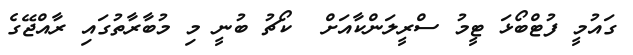
ގައުމީ ފުޓްބޯޅަ ޓީމު ސްރީލަންކާއަށް  ކޯޗު ބުނީ މި މުބާރާތުގައި ރާއްޖޭގެ